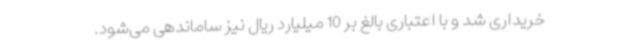
خریداری شد و با اعتباری بالغ بر 10 میلیارد ریال نیز ساماندهی می‌شود.